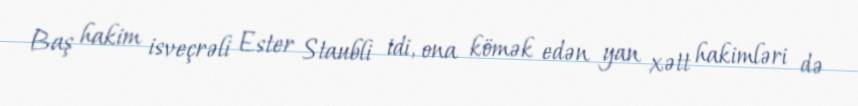
Baş hakim isveçrəli Ester Staubli idi, ona kömək edən yan xətt hakimləri də